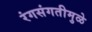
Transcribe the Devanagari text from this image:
रंगसंगतीमुळे